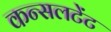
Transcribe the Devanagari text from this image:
कन्सलटेंट